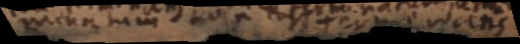
mentum non Terminans